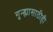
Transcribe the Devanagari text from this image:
गुन्ह्यासाठीही